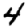
Digit: 4